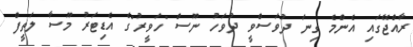
ރާއްޖޭގައި އެންމެ ގިނަ ދުވަސްވީ ދުވަހު ނޫސް "ހަވީރު"ގެ އެޑިޓަރު މޫސާ ލަތީފް